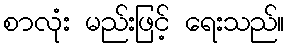
စာလုံး မည်းဖြင့် ရေးသည်။